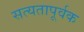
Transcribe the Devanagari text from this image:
सत्यतापूर्वक